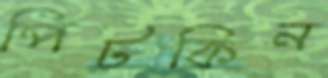
পিটকিন